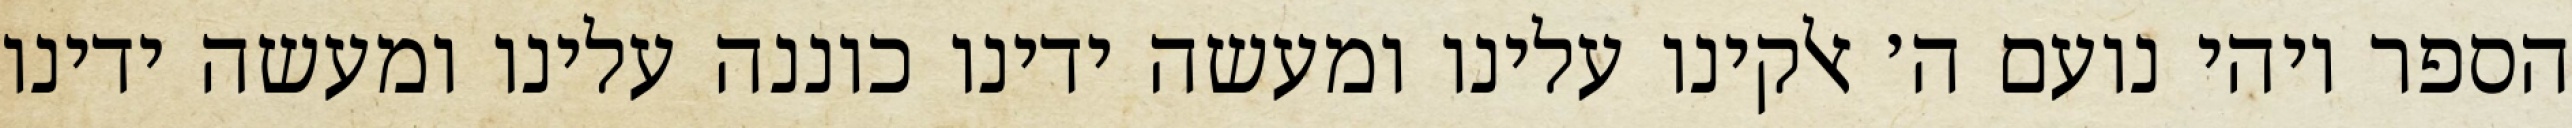
הספר ויהי נועם ה׳ אלקינו עלינו ומעשה ידינו כוננה עלינו ומעשה ידינו